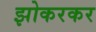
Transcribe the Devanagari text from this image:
झोकरकर